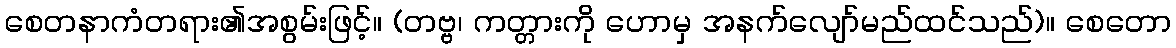
စေတနာကံတရား၏အစွမ်းဖြင့်။ (တဗ္ဗ၊ ကတ္တားကို ဟောမှ အနက်လျော်မည်ထင်သည်)။ စေတော